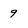
Character: 9